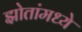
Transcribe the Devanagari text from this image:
झोतांमध्ये